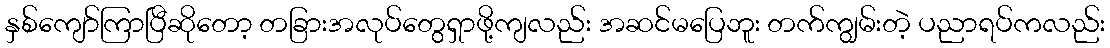
နှစ်ကျော်ကြာပြီဆိုတော့ တခြားအလုပ်တွေရှာဖို့ကျလည်း အဆင်မပြေဘူး တက်ကျွမ်းတဲ့ ပညာရပ်ကလည်း